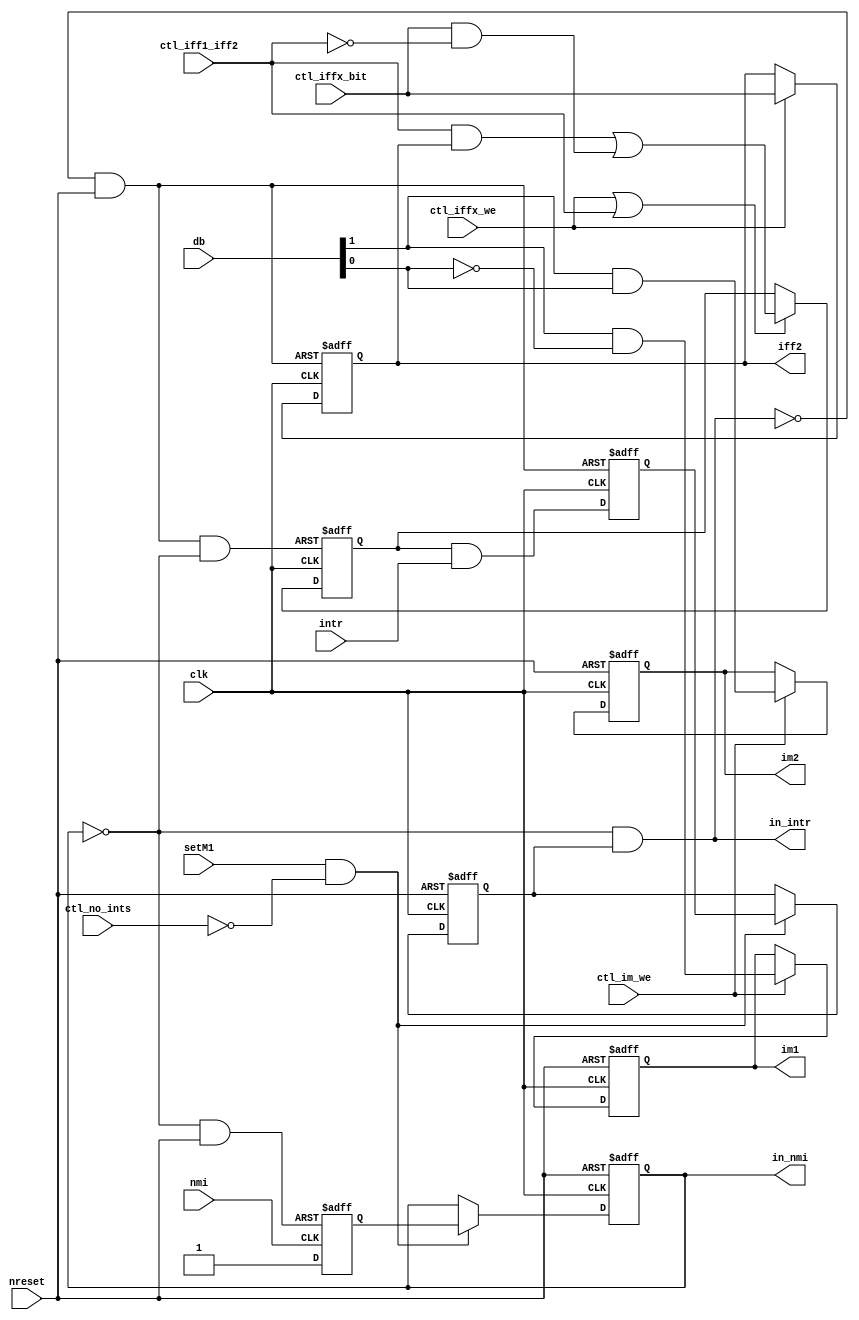
// Copyright (C) 1991-2013 Altera Corporation
// Your use of Altera Corporation's design tools, logic functions 
// and other software and tools, and its AMPP partner logic 
// functions, and any output files from any of the foregoing 
// (including device programming or simulation files), and any 
// associated documentation or information are expressly subject 
// to the terms and conditions of the Altera Program License 
// Subscription Agreement, Altera MegaCore Function License 
// Agreement, or other applicable license agreement, including, 
// without limitation, that your use is for the sole purpose of 
// programming logic devices manufactured by Altera and sold by 
// Altera or its authorized distributors.  Please refer to the 
// applicable agreement for further details.

// PROGRAM		"Quartus II 64-Bit"
// VERSION		"Version 13.0.1 Build 232 06/12/2013 Service Pack 1 SJ Web Edition"
// CREATED		"Sat Feb 13 19:23:03 2016"

module interrupts(
	ctl_iff1_iff2,
	nmi,
	setM1,
	intr,
	ctl_iffx_we,
	ctl_iffx_bit,
	ctl_im_we,
	clk,
	ctl_no_ints,
	nreset,
	db,
	iff2,
	im1,
	im2,
	in_nmi,
	in_intr
);


input wire	ctl_iff1_iff2;
input wire	nmi;
input wire	setM1;
input wire	intr;
input wire	ctl_iffx_we;
input wire	ctl_iffx_bit;
input wire	ctl_im_we;
input wire	clk;
input wire	ctl_no_ints;
input wire	nreset;
input wire	[1:0] db;
output wire	iff2;
output reg	im1;
output reg	im2;
output wire	in_nmi;
output wire	in_intr;

reg	iff1;
wire	in_intr_ALTERA_SYNTHESIZED;
reg	in_nmi_ALTERA_SYNTHESIZED;
reg	int_armed;
reg	nmi_armed;
wire	test1;
wire	SYNTHESIZED_WIRE_0;
reg	DFFE_instIFF2;
wire	SYNTHESIZED_WIRE_1;
wire	SYNTHESIZED_WIRE_2;
wire	SYNTHESIZED_WIRE_3;
wire	SYNTHESIZED_WIRE_4;
wire	SYNTHESIZED_WIRE_5;
reg	DFFE_inst44;
wire	SYNTHESIZED_WIRE_21;
wire	SYNTHESIZED_WIRE_7;
wire	SYNTHESIZED_WIRE_8;
wire	SYNTHESIZED_WIRE_9;
wire	SYNTHESIZED_WIRE_10;
wire	SYNTHESIZED_WIRE_11;
wire	SYNTHESIZED_WIRE_12;
wire	SYNTHESIZED_WIRE_13;
wire	SYNTHESIZED_WIRE_14;
wire	SYNTHESIZED_WIRE_15;
wire	SYNTHESIZED_WIRE_16;
wire	SYNTHESIZED_WIRE_17;
wire	SYNTHESIZED_WIRE_19;
wire	SYNTHESIZED_WIRE_20;

assign	iff2 = DFFE_instIFF2;
assign	SYNTHESIZED_WIRE_10 = 1;



assign	SYNTHESIZED_WIRE_2 = ctl_iffx_bit & SYNTHESIZED_WIRE_0;

assign	SYNTHESIZED_WIRE_1 = ctl_iff1_iff2 & DFFE_instIFF2;

assign	SYNTHESIZED_WIRE_16 = SYNTHESIZED_WIRE_1 | SYNTHESIZED_WIRE_2;

assign	SYNTHESIZED_WIRE_17 = ctl_iffx_we | ctl_iff1_iff2;

assign	SYNTHESIZED_WIRE_21 = SYNTHESIZED_WIRE_3 & nreset;

assign	SYNTHESIZED_WIRE_0 =  ~ctl_iff1_iff2;

assign	SYNTHESIZED_WIRE_4 =  ~db[0];

assign	SYNTHESIZED_WIRE_5 =  ~in_nmi_ALTERA_SYNTHESIZED;

assign	SYNTHESIZED_WIRE_20 = db[1] & db[0];

assign	SYNTHESIZED_WIRE_19 = db[1] & SYNTHESIZED_WIRE_4;


assign	in_intr_ALTERA_SYNTHESIZED = SYNTHESIZED_WIRE_5 & DFFE_inst44;

assign	SYNTHESIZED_WIRE_15 = SYNTHESIZED_WIRE_21 & SYNTHESIZED_WIRE_7;

assign	SYNTHESIZED_WIRE_13 = iff1 & intr;

assign	test1 = setM1 & SYNTHESIZED_WIRE_8;


always@(posedge nmi or negedge SYNTHESIZED_WIRE_9)
begin
if (!SYNTHESIZED_WIRE_9)
	begin
	nmi_armed <= 0;
	end
else
	begin
	nmi_armed <= SYNTHESIZED_WIRE_10;
	end
end

assign	SYNTHESIZED_WIRE_12 = SYNTHESIZED_WIRE_11 & nreset;


always@(posedge clk or negedge nreset)
begin
if (!nreset)
	begin
	in_nmi_ALTERA_SYNTHESIZED <= 0;
	end
else
if (test1)
	begin
	in_nmi_ALTERA_SYNTHESIZED <= nmi_armed;
	end
end


always@(posedge clk or negedge nreset)
begin
if (!nreset)
	begin
	DFFE_inst44 <= 0;
	end
else
if (test1)
	begin
	DFFE_inst44 <= int_armed;
	end
end


always@(posedge clk or negedge SYNTHESIZED_WIRE_12)
begin
if (!SYNTHESIZED_WIRE_12)
	begin
	int_armed <= 0;
	end
else
	begin
	int_armed <= SYNTHESIZED_WIRE_13;
	end
end

assign	SYNTHESIZED_WIRE_9 = SYNTHESIZED_WIRE_14 & nreset;

assign	SYNTHESIZED_WIRE_8 =  ~ctl_no_ints;


always@(posedge clk or negedge SYNTHESIZED_WIRE_15)
begin
if (!SYNTHESIZED_WIRE_15)
	begin
	iff1 <= 0;
	end
else
if (SYNTHESIZED_WIRE_17)
	begin
	iff1 <= SYNTHESIZED_WIRE_16;
	end
end


always@(posedge clk or negedge SYNTHESIZED_WIRE_21)
begin
if (!SYNTHESIZED_WIRE_21)
	begin
	DFFE_instIFF2 <= 0;
	end
else
if (ctl_iffx_we)
	begin
	DFFE_instIFF2 <= ctl_iffx_bit;
	end
end


always@(posedge clk or negedge nreset)
begin
if (!nreset)
	begin
	im1 <= 0;
	end
else
if (ctl_im_we)
	begin
	im1 <= SYNTHESIZED_WIRE_19;
	end
end


always@(posedge clk or negedge nreset)
begin
if (!nreset)
	begin
	im2 <= 0;
	end
else
if (ctl_im_we)
	begin
	im2 <= SYNTHESIZED_WIRE_20;
	end
end

assign	SYNTHESIZED_WIRE_3 =  ~in_intr_ALTERA_SYNTHESIZED;

assign	SYNTHESIZED_WIRE_11 =  ~in_intr_ALTERA_SYNTHESIZED;

assign	SYNTHESIZED_WIRE_7 =  ~in_nmi_ALTERA_SYNTHESIZED;

assign	SYNTHESIZED_WIRE_14 =  ~in_nmi_ALTERA_SYNTHESIZED;

assign	in_nmi = in_nmi_ALTERA_SYNTHESIZED;
assign	in_intr = in_intr_ALTERA_SYNTHESIZED;

endmodule